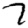
Digit: 7